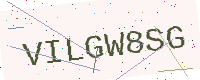
Text: VILGW8SG